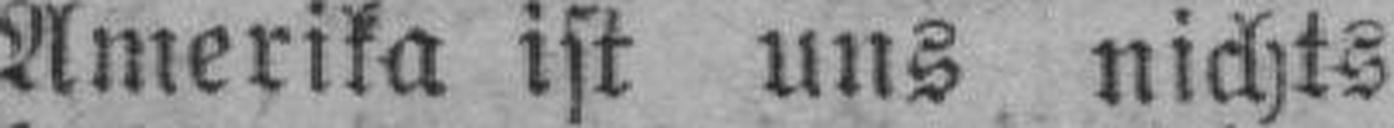
Amerika ist uns nichts